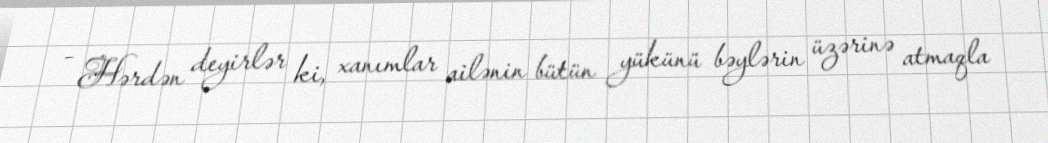
- Hərdən deyirlər ki, xanımlar ailənin bütün yükünü bəylərin üzərinə atmaqla